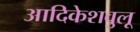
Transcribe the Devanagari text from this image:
आदिकेशवुलू